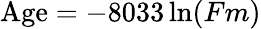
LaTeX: {\mathrm{Age}}=-8033\ln(Fm)